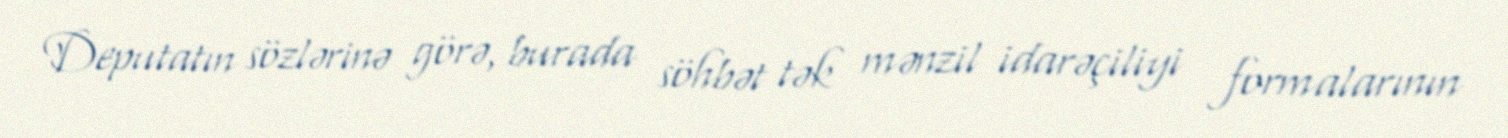
Deputatın sözlərinə görə, burada söhbət tək mənzil idarəçiliyi formalarının